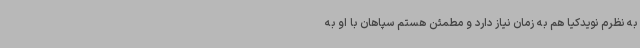
به نظرم نویدکیا هم به زمان نیاز دارد و مطمئن هستم سپاهان با او به